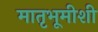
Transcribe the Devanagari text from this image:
मातृभूमीशी